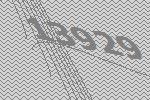
13929